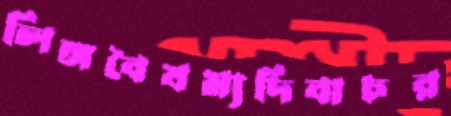
লিঙ্গবৈষম্যদিবাচর